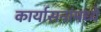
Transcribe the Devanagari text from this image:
कार्यासनांमध्ये